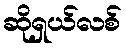
ဆိုရှယ်လစ်